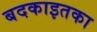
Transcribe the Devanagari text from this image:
बदकाइतका